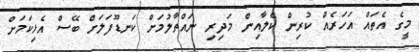
މީގެެ އެެތައް އަހަރެއް ކުރިން ކެލާއިން މަދިރި ނައްތާލުމަށް ކަނޑޫފަލަށްް ބޭސް އެެޅިކަމަށް